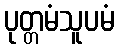
ပုတ္တမံသူပမံ